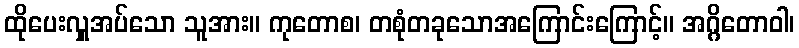
ထိုပေးလှူအပ်သော သူအား။ ကုတောစ၊ တစုံတခုသောအကြောင်းကြောင့်။ အဂ္ဂိတောဝါ၊